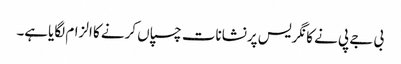
بی جے پی نے کانگریس پرنشانات چسپاں کرنے کا الزام لگایاہے۔